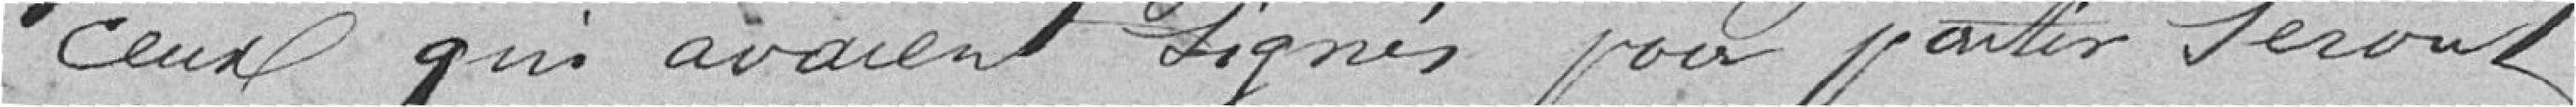
ceux qui avaient signé pour partir, seront